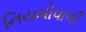
નિયમોવાળી